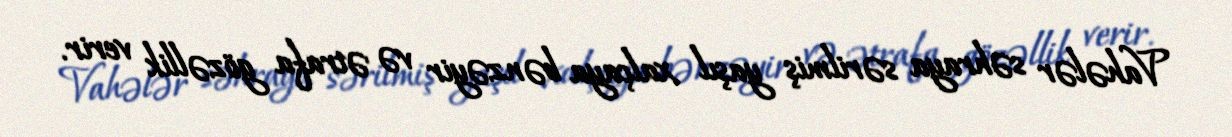
Vahələr səhraya sərilmiş yaşıl xalçaya bənzəyir və ətrafa gözəllik verir.